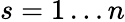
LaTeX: s=1\ldots n